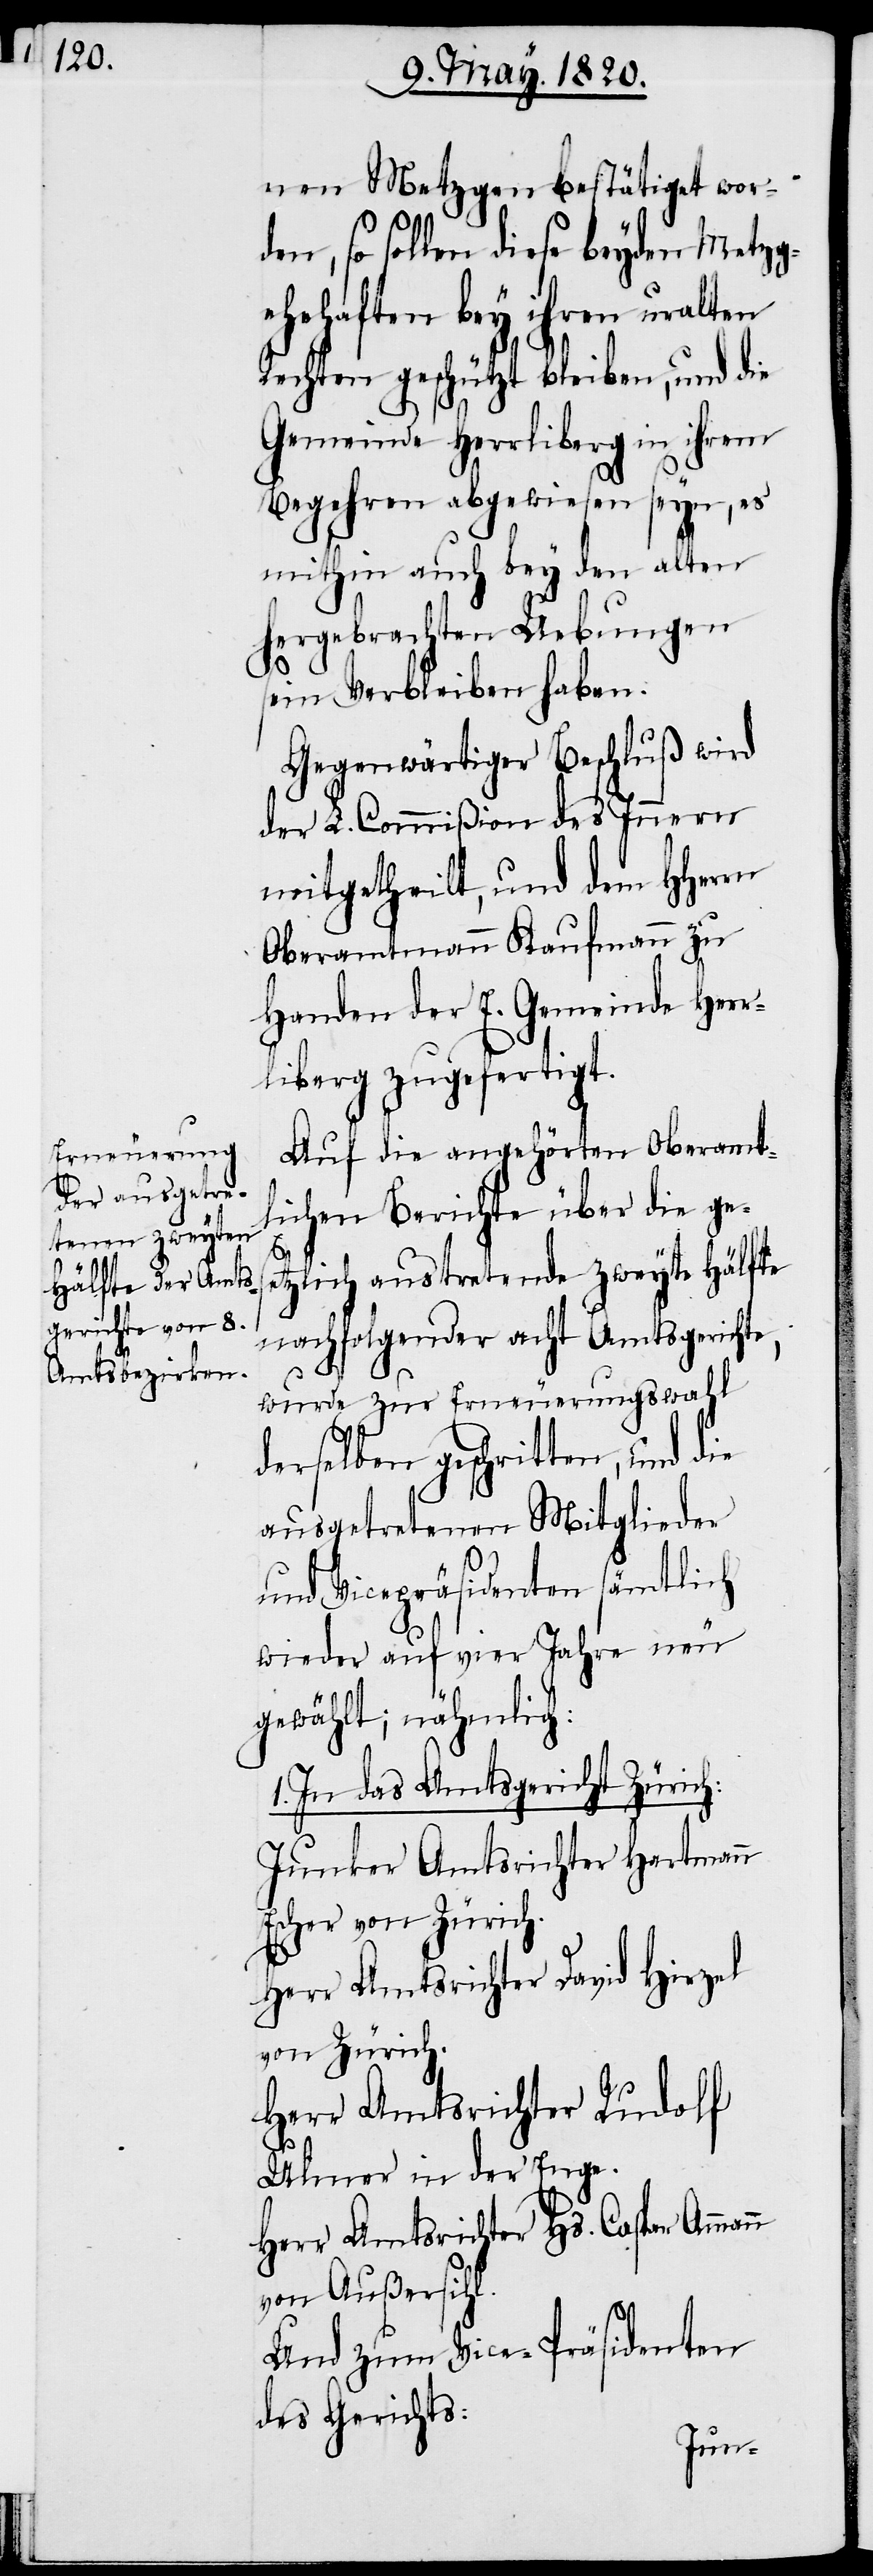
n

nen Metzgen bestätiget wor¬
den, so sollen diese beyden Metzg¬
ehehaften bey ihren uralten
Rechten geschützt bleiben, und die
Gemeinde Herrliberg in ihrem
Begehren abgewiesen seyn, es
mithin auch bey den alten
hergebrachten Uebungen
sein Verbleiben haben:
Gegenwärtiger Beschluß wird
der L. Commiβion des Innern
mitgetheilt, und dem HHerrn
Oberamtmann Kaufmann zu
Handen der E. Gemeinde Herr¬
liberg zugefertigt.
Auf die angehörten Oberamtl¬
ichen Berichte über die ges¬
etzlich austretende zweyte Hälfte
nachfolgender acht Amtsgerichte,
wurde zur Erneuerungswahl
derselben geschritten, und die
ausgetretenen Mitglieder
und Vicepräsidenten sämtlich
wieder auf vier Jahre neu
gewählt; nähmlich:
1. In das Amtsgericht Zürich:
Junker Amtsrichter Hartmann
Escher von Zürich.
Herr Amtsrichter David Hirzel
von Zürich.
Herr Amtsrichter Rudolf
Ulmer in der Enge.
Herr Amtsrichter Hs. Caspar Amman¬
von Außersihl.
Und zum Vice-Präsidenten
des Gerichts: